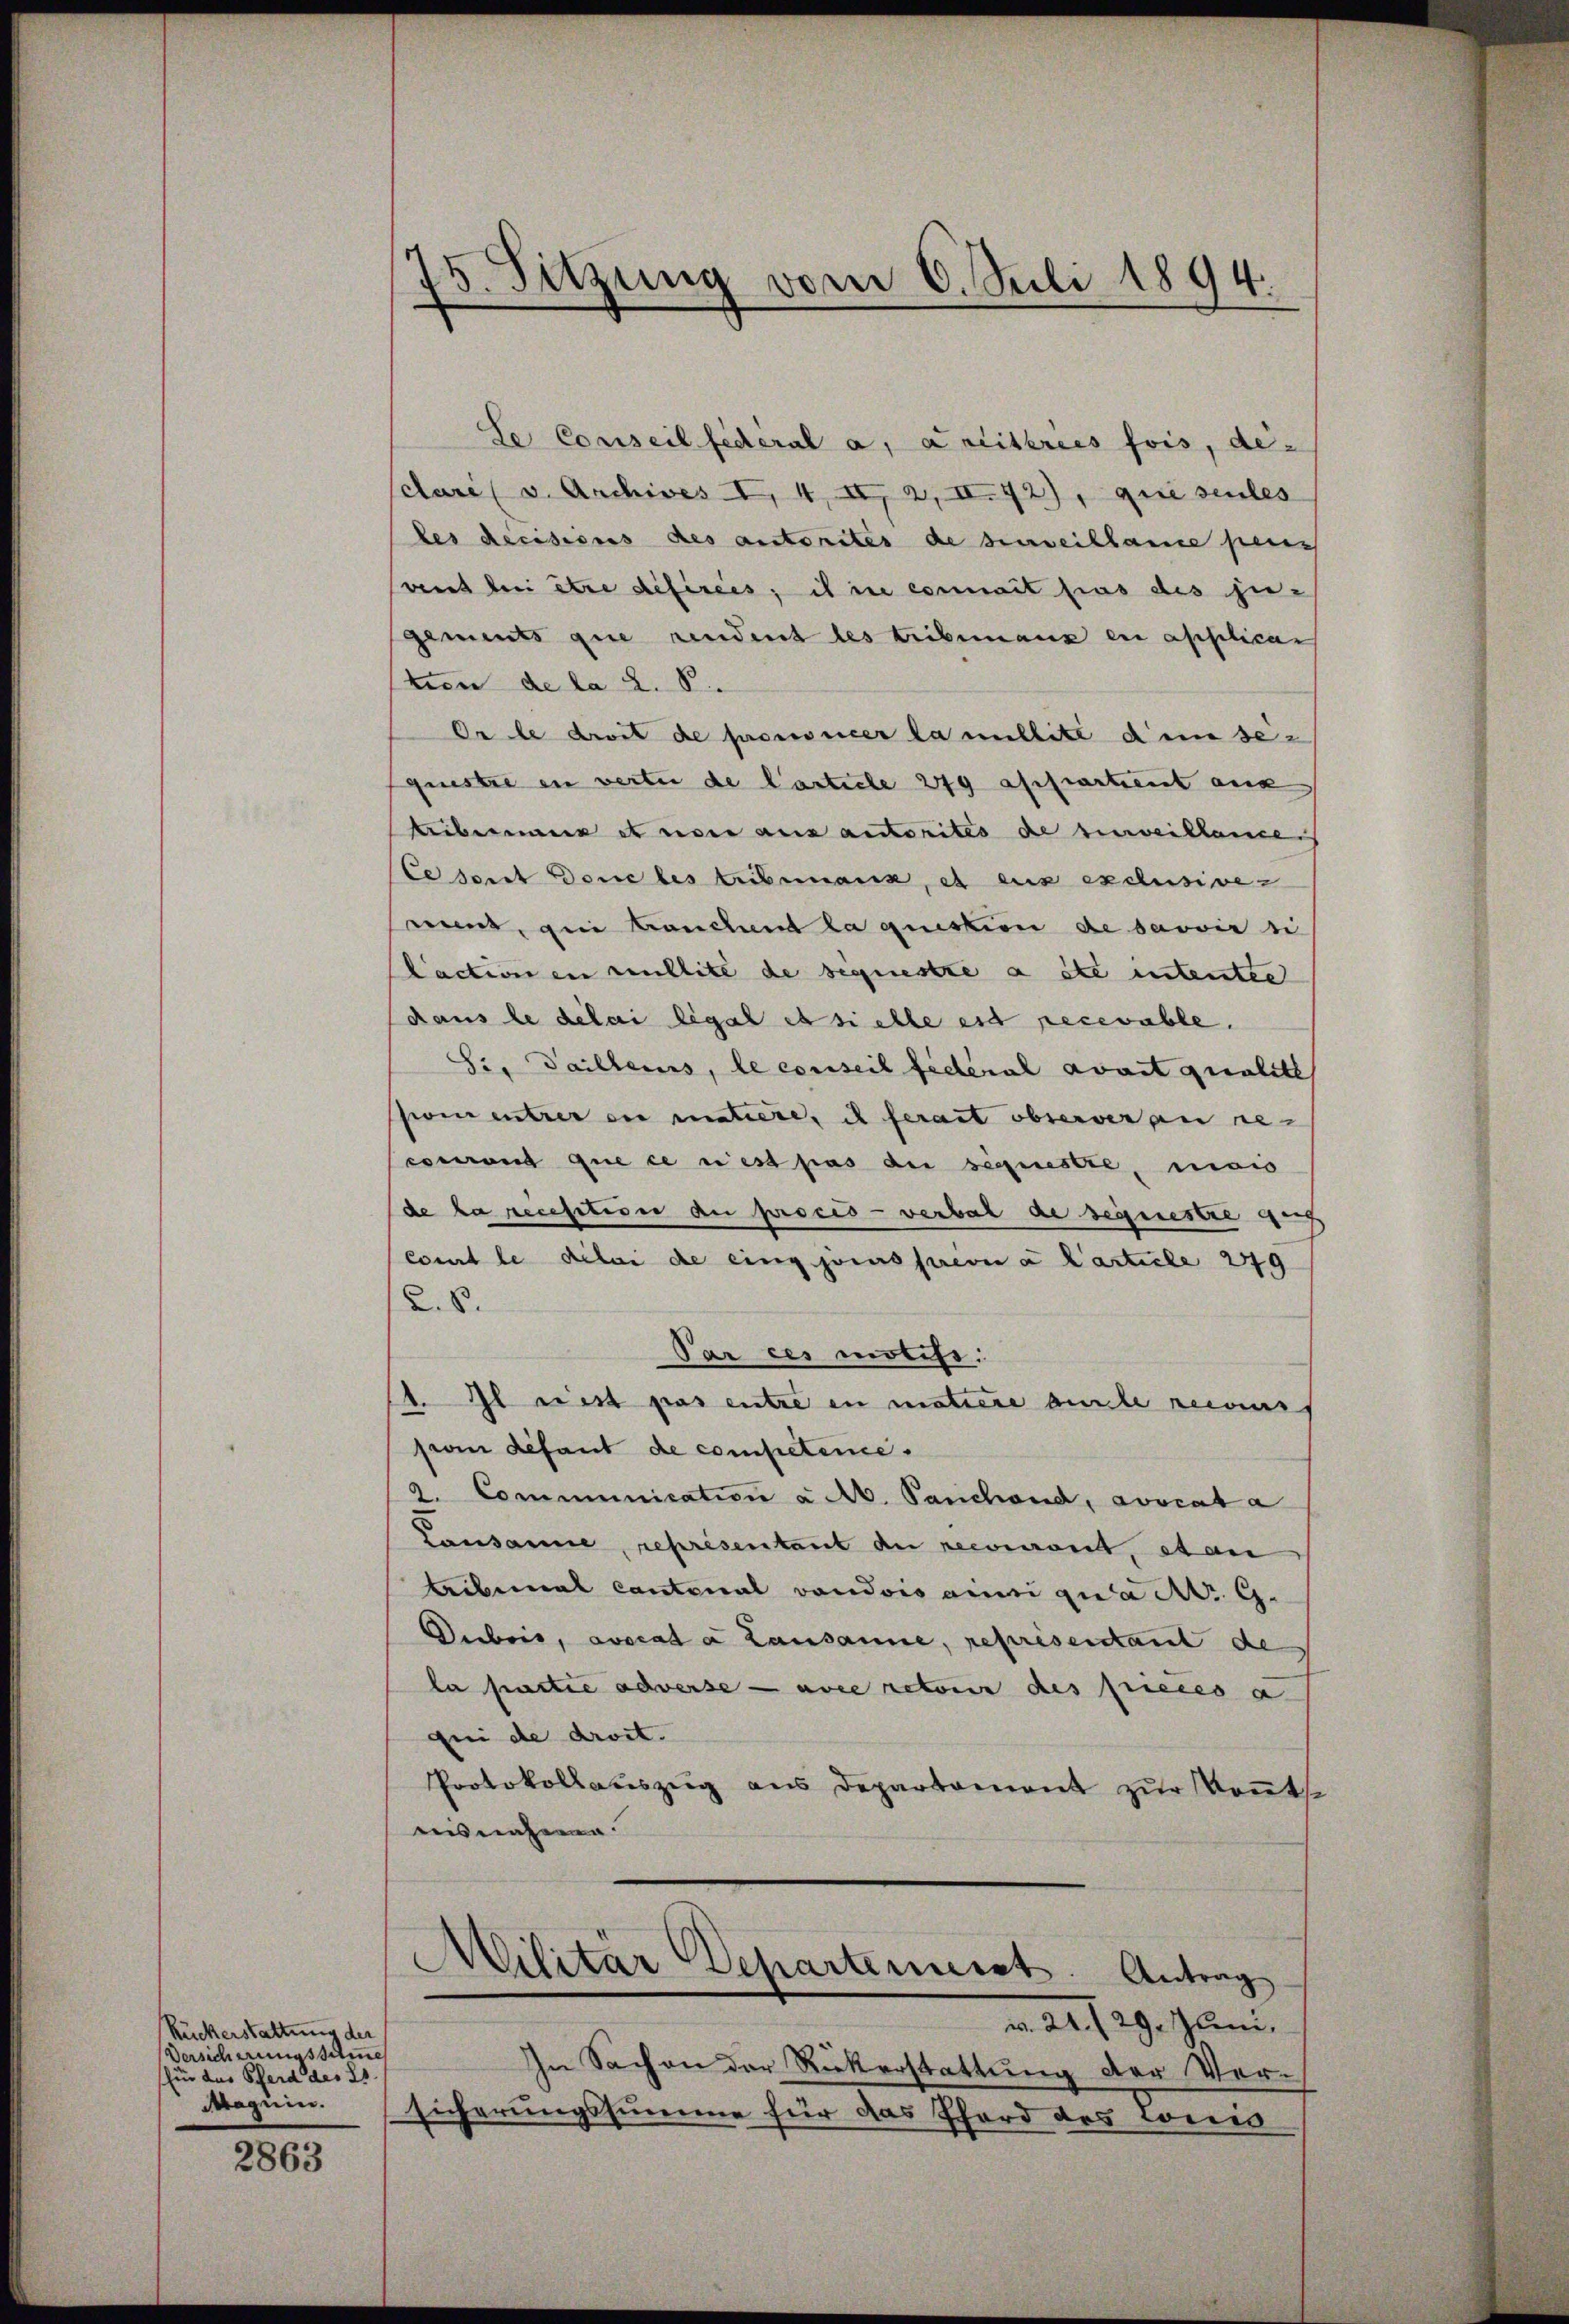
Ruckerstattung der
Versicherungssumme
sfür das Pferd des Es
Magnin.

2863

75. Sitzung vom 6. Juli 1894.

Se Conseil fédéral a, Kreistries fois, de-
sclare (v. Archives I, 4, II, 2, II 42), que seules
les decisions des autorites de surveillance pens
saut bei être defirées, ich in comit pas des jugements que rendent les tribunaux en applican
ten de la 2. S.
Or le droit de prononcer la millite dem se
gristere in vertei de Carticle 279 affrartient aus
beiben et von aus autorites de surveillame
Cescrit dene les tribunaux, et aus exclusiven
nunt, qui auchent la question de savoir si
laction in nullité de bequestre a été intente
daus le délai légal et sichte est recevable.
Si. Gaillens, le conseil federal avait qualite
sion entrer ein matière, ich ferait observeran re
courant que ce rest pas die séquestre, mais
de la recepitive au procès-verbal de sequestre ger
court le délai die eingjoins prevu à l’article 249
2.8.
Par ces motifs.
1. Il rest pas entre in motiere ausste recours
pion défaut de competence.
2. Communication a M. Panchend, avocata
Lausanne, représentant du recourant, stan
Aibemal cantonal vaudois ainsi qua d. G.
Dubris, anseade Lausanne, représentant de
la partie adverse — aber retour des pieces a
gei de droit.
Protokollaŭszŭg aŭs Departement zŭr Keṅts.
ausnahme
Militär Departenusst. Antrag
m. 21. f. 29. Juni.
In Sachen der Rückerstattung der Ver-
sicherungssumme für das Pferd des Tomo